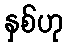
နှစ်ဟု